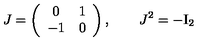
J = \left( \begin{array} { c c } { 0 } & { 1 } \\ { - 1 } & { 0 } \\ \end{array} \right) , \qquad J ^ { 2 } = - \mathrm { I } _ { 2 }